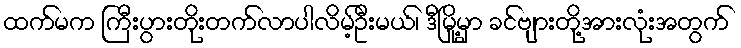
ထက်မက ကြီးပွားတိုးတက်လာပါလိမ့်ဦးမယ်၊ ဒီမြို့မှာ ခင်ဗျားတို့အားလုံးအတွက်